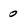
Character: 0